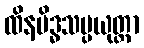
ထိနမိဒ္ဓသမ္ပယုတ္တာ